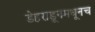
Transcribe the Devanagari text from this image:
डेहराडूनमधूनच